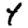
Digit: 4